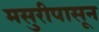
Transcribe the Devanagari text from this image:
मसुरीपासून